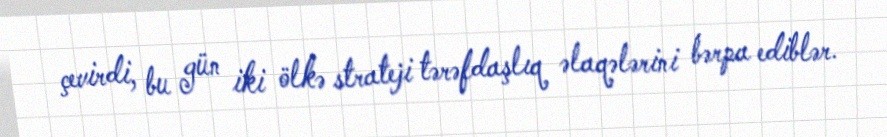
çevirdi, bu gün iki ölkə strateji tərəfdaşlıq əlaqələrini bərpa ediblər.